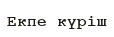
Екпе күріш